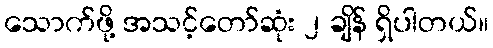
သောက်ဖို့ အသင့်တော်ဆုံး ၂ ချိန် ရှိပါတယ်။